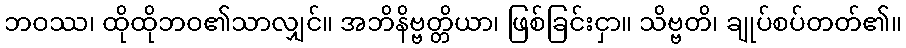
ဘဝဿ၊ ထိုထိုဘဝ၏သာလျှင်။ အဘိနိဗ္ဗတ္တိယာ၊ ဖြစ်ခြင်းငှာ။ သိဗ္ဗတိ၊ ချုပ်စပ်တတ်၏။